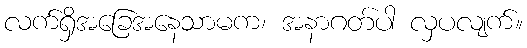
လက်ရှိအခြေအနေသာမက၊ အနာဂတ်ပါ လှပလျက်။